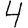
Digit: 4